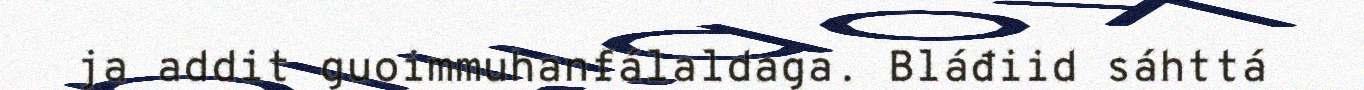
ja addit guoimmuhanfálaldaga. Bláđiid sáhttá